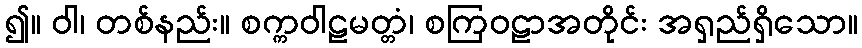
၍။ ဝါ၊ တစ်နည်း။ စက္ကဝါဠမတ္တံ၊ စကြဝဠာအတိုင်း အရှည်ရှိသော။